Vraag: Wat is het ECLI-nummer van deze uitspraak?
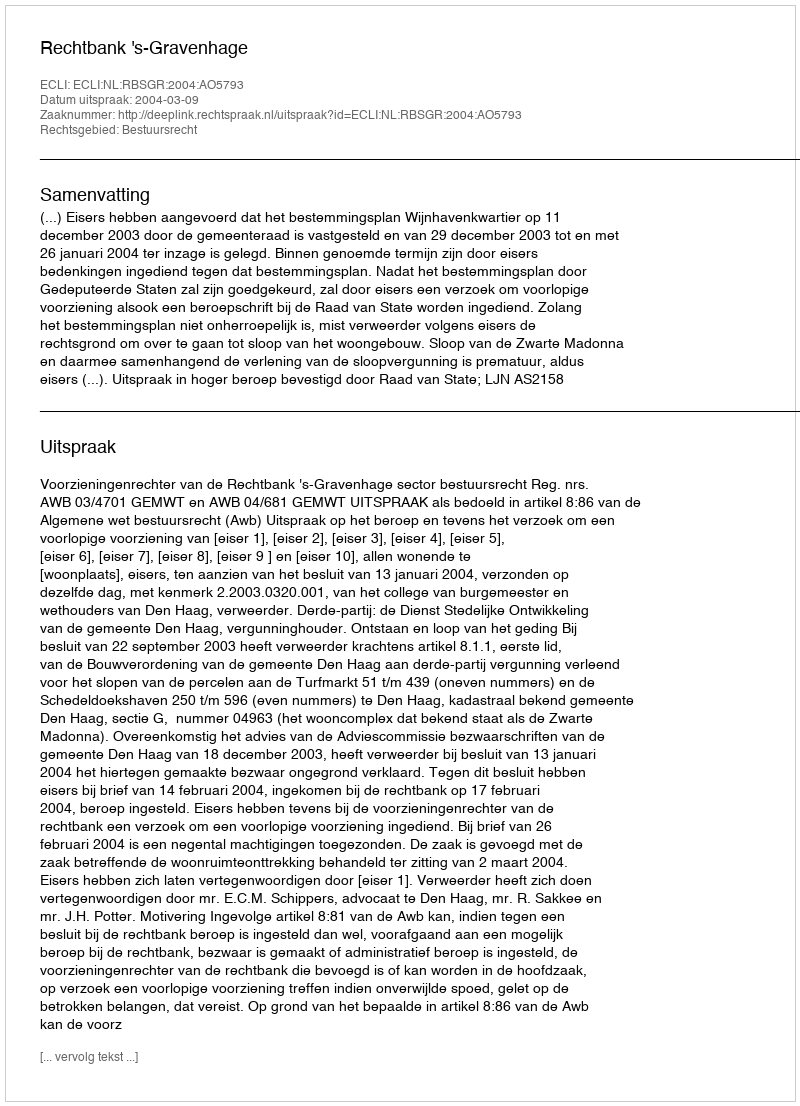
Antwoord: ECLI:NL:RBSGR:2004:AO5793